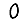
Digit: 0